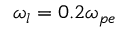
\omega _ { l } = 0 . 2 \omega _ { p e }